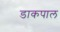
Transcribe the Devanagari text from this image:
डाकपाल